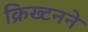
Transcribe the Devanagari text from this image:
क्रिख्टनने